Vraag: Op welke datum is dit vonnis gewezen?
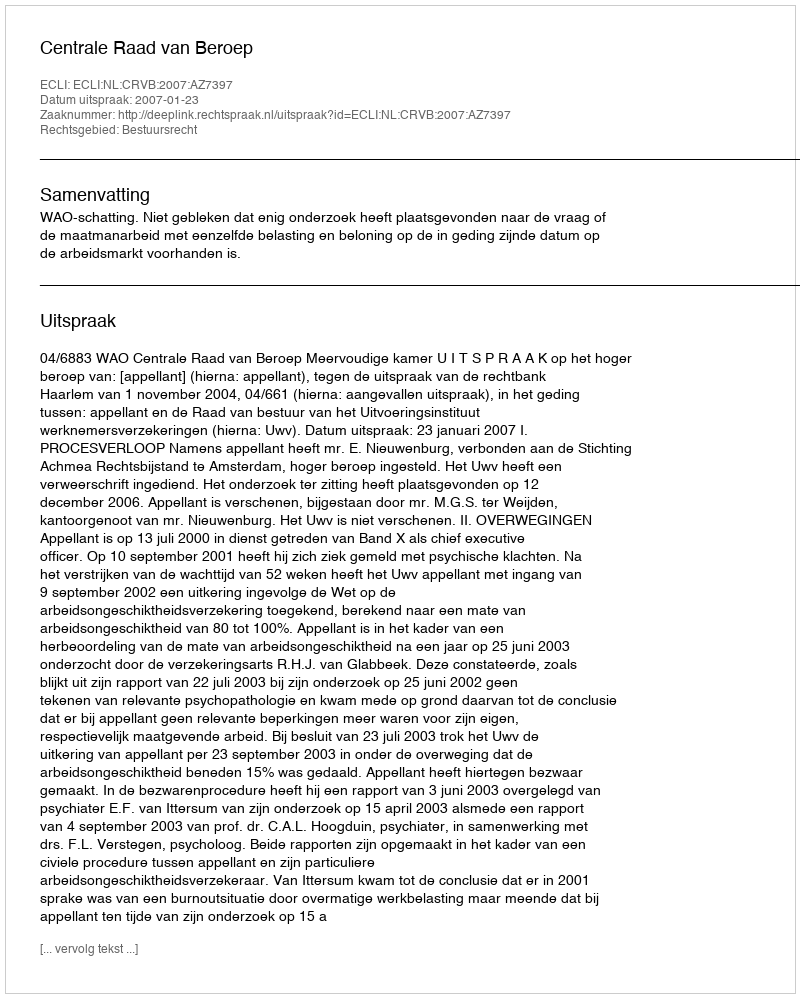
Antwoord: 2007-01-23